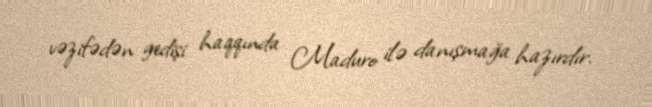
vəzifədən gedişi haqqında Maduro ilə danışmağa hazırdır.